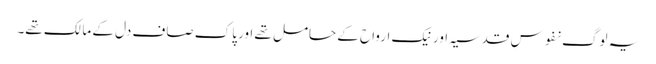
یہ لوگ نفوسِ قدسیہ اور نیک ارواح کے حامل تھے اور پاک صاف دل کے مالک تھے۔